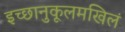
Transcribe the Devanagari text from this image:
इच्छानुकूलमखिलं